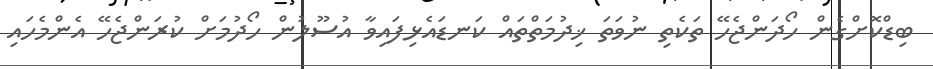
ބިޑްކޮށްގެން ހޯދަންޖެހޭ ތަކެތި ނުވަތަ ޚިދުމަތްތައް ކަނޑައެޅިފައިވާ އުސޫލުން ހޯދުމަށް ކުރަންޖެހޭ އެންމެހައި